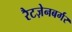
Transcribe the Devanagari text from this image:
रैटज़ेनबर्गर